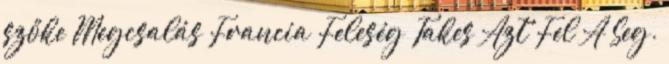
szőke Megcsalás Francia Feleség Takes Azt Fel A Seg.